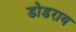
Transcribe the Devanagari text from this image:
डोडराय